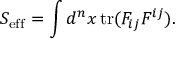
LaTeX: S _ { \mathrm { e f f } } = \int d ^ { n } x \, \mathrm { t r } ( F _ { i j } F ^ { i j } ) .